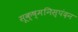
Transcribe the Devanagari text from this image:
सूक्ष्मनिस्पंदन